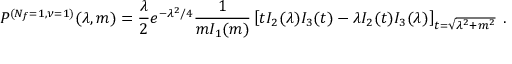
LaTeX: P ^ { ( N _ { f } = 1 , \nu = 1 ) } ( \lambda , m ) = \frac { \lambda } { 2 } e ^ { - \lambda ^ { 2 } / 4 } \frac { 1 } { m I _ { 1 } ( m ) } \left[ t I _ { 2 } ( \lambda ) I _ { 3 } ( t ) - \lambda I _ { 2 } ( t ) I _ { 3 } ( \lambda ) \right] _ { t = \sqrt { \lambda ^ { 2 } + m ^ { 2 } } } \: .